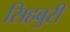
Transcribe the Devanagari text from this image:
सिहबुरी